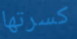
كسرتها